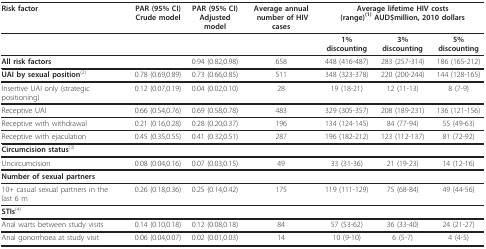
<table><thead><tr><td><b>Risk factor</b></td><td><b>PAR (95% CI) Crude model</b></td><td><b>PAR (95% CI) Adjusted model</b></td><td><b>Average annual number of HIV cases</b></td><td colspan="3"><b>Average lifetime HIV costs (range)<sup>(1) </sup>AUD$million, 2010 dollars</b></td></tr></thead><tbody><tr><td></td><td></td><td></td><td></td><td><b>1% discounting</b></td><td><b>3% discounting</b></td><td><b>5% discounting</b></td></tr><tr><td><b>All risk factors</b></td><td></td><td>0.94 (0.82,0.98)</td><td>658</td><td>448 (416-487)</td><td>283 (257-314)</td><td>186 (165-212)</td></tr><tr><td><b>UAI by sexual position</b><sup>(2)</sup></td><td>0.78 (0.69,0.89)</td><td>0.73 (0.66,0.85)</td><td>511</td><td>348 (323-378)</td><td>220 (200-244)</td><td>144 (128-165)</td></tr><tr><td>Insertive UAI only (strategic positioning)</td><td>0.12 (0.07,0.19)</td><td>0.04 (0.02,0.10)</td><td>28</td><td>19 (18-21)</td><td>12 (11-13)</td><td>8 (7-9)</td></tr><tr><td>Receptive UAI</td><td>0.66 (0.54,0.76)</td><td>0.69 (0.58,0.78)</td><td>483</td><td>329 (305-357)</td><td>208 (189-231)</td><td>136 (121-156)</td></tr><tr><td>Receptive with withdrawal</td><td>0.21 (0.16,0.28)</td><td>0.28 (0.20,0.37)</td><td>196</td><td>134 (124-145)</td><td>84 (77-94)</td><td>55 (49-63)</td></tr><tr><td>Receptive with ejaculation</td><td>0.45 (0.35,0.55)</td><td>0.41 (0.32,0.51)</td><td>287</td><td>196 (182-212)</td><td>123 (112-137)</td><td>81 (72-92)</td></tr><tr><td><b>Circumcision status</b><sup>(3)</sup></td><td></td><td></td><td></td><td></td><td></td><td></td></tr><tr><td>Uncircumcision</td><td>0.08 (0.04,0.16)</td><td>0.07 (0.03,0.15)</td><td>49</td><td>33 (31-36)</td><td>21 (19-23)</td><td>14 (12-16)</td></tr><tr><td><b>Number of sexual partners</b></td><td></td><td></td><td></td><td></td><td></td><td></td></tr><tr><td>10+ casual sexual partners in the last 6 m</td><td>0.26 (0.18,0.36)</td><td>0.25 (0.14,0.42)</td><td>175</td><td>119 (111-129)</td><td>75 (68-84)</td><td>49 (44-56)</td></tr><tr><td><b>STIs</b><sup>(4)</sup></td><td></td><td></td><td></td><td></td><td></td><td></td></tr><tr><td>Anal warts between study visits</td><td>0.14 (0.10,0.18)</td><td>0.12 (0.08,0.18)</td><td>84</td><td>57 (53-62)</td><td>36 (33-40)</td><td>24 (21-27)</td></tr><tr><td>Anal gonorrhoea at study visit</td><td>0.06 (0.04,0.07)</td><td>0.02 (0.01,0.03)</td><td>14</td><td>10 (9-10)</td><td>6 (5-7)</td><td>4 (4-5)</td></tr></tbody></table>